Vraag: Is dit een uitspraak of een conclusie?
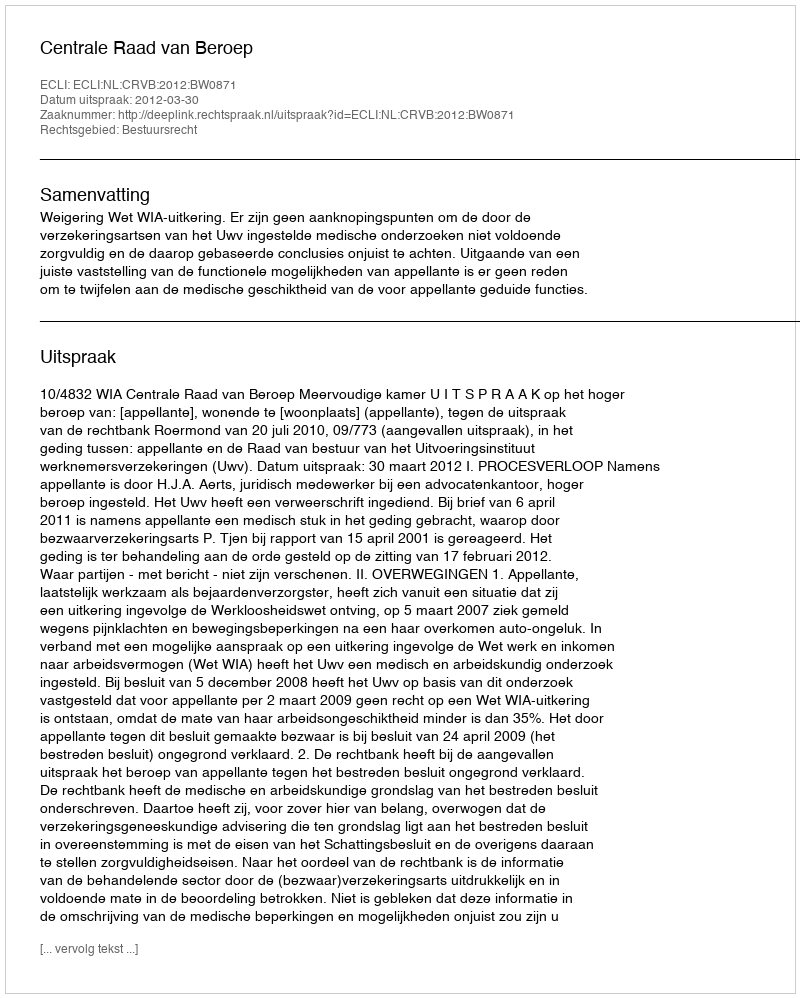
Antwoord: Uitspraak